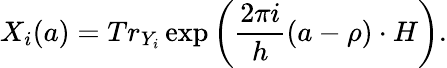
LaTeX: X_{i}(a)=Tr_{Y_{i}}\exp\left(\frac{2\pi i}h(a-\rho)\cdot H\right).